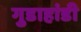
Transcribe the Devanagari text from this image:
गुडाहांडी